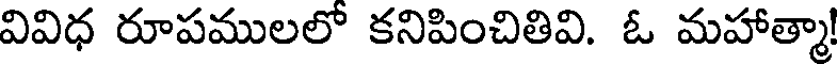
వివిధ రూపములలో కనిపించితివి. ఓ మహాత్మా!